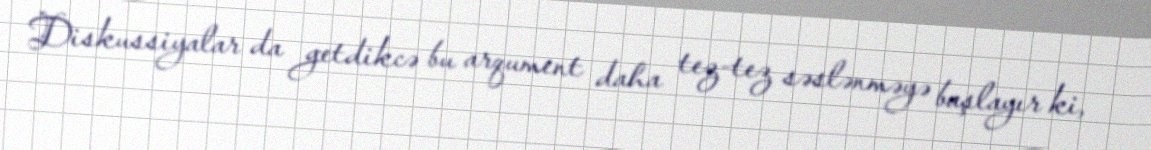
Diskussiyalar da getdikcə bu arqument daha tez-tez səslənməyə başlayır ki,